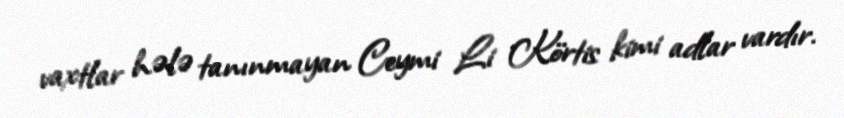
vaxtlar hələ tanınmayan Ceymi Li Körtis kimi adlar vardır.